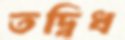
তদ্বিধ